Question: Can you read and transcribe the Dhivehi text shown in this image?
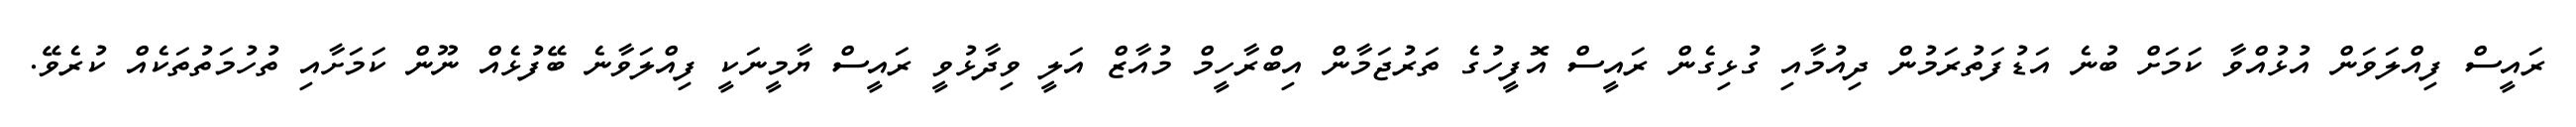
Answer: ރައީސް ފިއްލަވަން އުޅުއްވާ ކަމަށް ބުނެ އަޑުފަތުރަމުން ދިއުމާއި ގުޅިގެން ރައީސް އޮފީހުގެ ތަރުޖަމާން އިބްރާހީމް މުއާޒް އަލީ ވިދާޅުވީ ރައީސް ޔާމީނަކީ ފިއްލަވާނެ ބޭފުޅެއް ނޫން ކަމަށާއި ތުހުމަތުތަކެއް ކުރެވޭ.